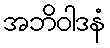
အဘိဝါဒနံ